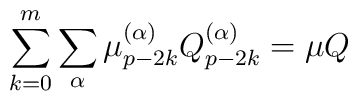
\sum_{k=0}^m \sum_{\alpha} \mu_{p- 2k}^{(\alpha)}Q_{p-2k}^{(\alpha)} = \mu Q